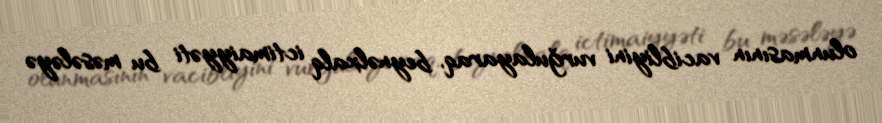
olunmasının vacibliyini vurğulayaraq, beynəlxalq ictimaiyyəti bu məsələyə